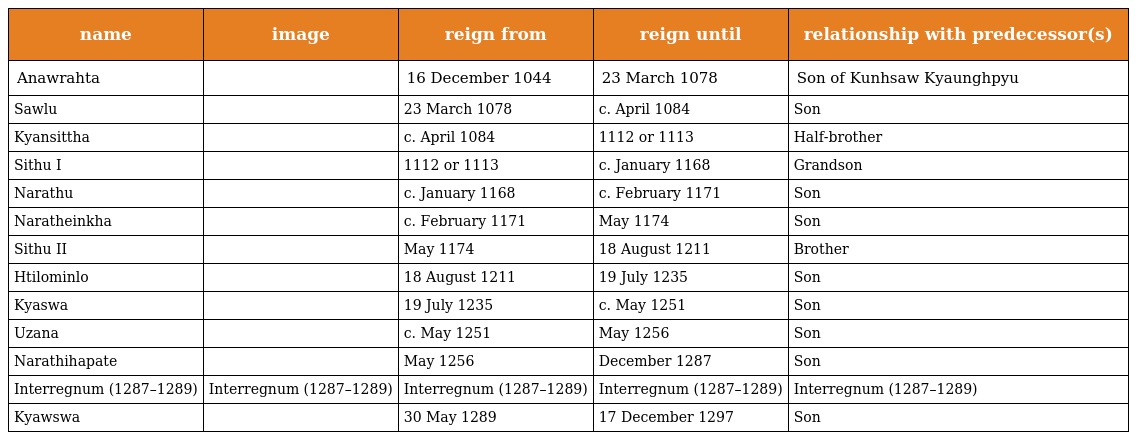
| name | image | reign from | reign until | relationship with predecessor(s) |
 | --- | --- | --- | --- | --- |
 | Anawrahta |  | 16 December 1044 | 23 March 1078 | Son of Kunhsaw Kyaunghpyu |
 | Sawlu |  | 23 March 1078 | c. April 1084 | Son |
 | Kyansittha |  | c. April 1084 | 1112 or 1113 | Half-brother |
 | Sithu I |  | 1112 or 1113 | c. January 1168 | Grandson |
 | Narathu |  | c. January 1168 | c. February 1171 | Son |
 | Naratheinkha |  | c. February 1171 | May 1174 | Son |
 | Sithu II |  | May 1174 | 18 August 1211 | Brother |
 | Htilominlo |  | 18 August 1211 | 19 July 1235 | Son |
 | Kyaswa |  | 19 July 1235 | c. May 1251 | Son |
 | Uzana |  | c. May 1251 | May 1256 | Son |
 | Narathihapate |  | May 1256 | December 1287 | Son |
 | Interregnum (1287–1289) | Interregnum (1287–1289) | Interregnum (1287–1289) | Interregnum (1287–1289) | Interregnum (1287–1289) |
 | Kyawswa |  | 30 May 1289 | 17 December 1297 | Son |